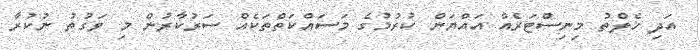
އަދި ހެލްތު މިނިސްޓަރެއް އައްޔަން ކުރުމުގެ މަސައްކަތްތަކެއް ސަރުކާރުން މި ވަގުތު ނުކުރާ